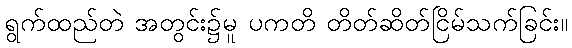
ရွက်ထည်တဲ အတွင်း၌မူ ပကတိ တိတ်ဆိတ်ငြိမ်သက်ခြင်း။